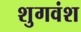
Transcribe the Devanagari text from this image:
शुगवंश